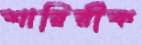
শারিরীক